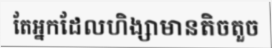
តែអ្នកដែលហិង្សាមានតិចតួច